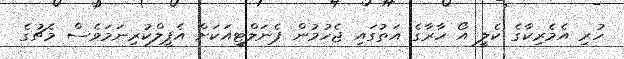
ހުރި އެމެރިކާގެ ކެލީ އޯ ހާރާގެ އަތުގައި ޖެހުމުން ޕެނަލްޓީއަކަށް އެޕީލްކުރިނަމަވެސް މެޗުގެ